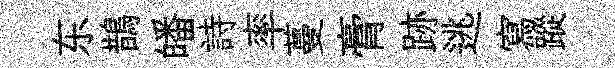
东鵲皤詩率蔓膏跡逃寫蹤